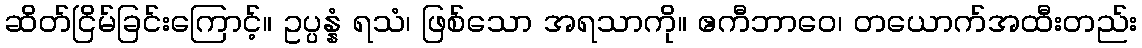
ဆိတ်ငြိမ်ခြင်းကြောင့်။ ဥပ္ပန္နံ ရသံ၊ ဖြစ်သော အရသာကို။ ဧကီဘာဝေ၊ တယောက်အထီးတည်း